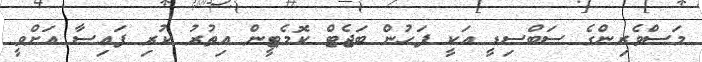
މަސްވެރިންގެ ސަބްސިޑީ އަކީ ފަހުން ބަޖެޓް ކޮމެޓީން އިތުރު ކުރި ފައިސާ އަށްވީ